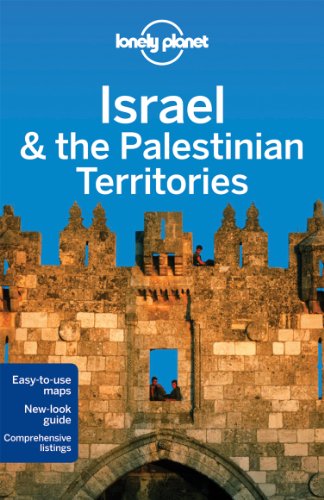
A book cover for Lonely Planet Israel & the Palestinian Territories (Travel Guide); Lonely Planet; Travel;